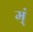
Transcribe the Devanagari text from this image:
म्ं